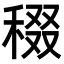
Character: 𥟒